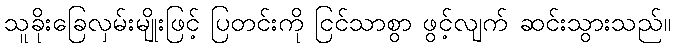
သူခိုးခြေလှမ်းမျိုးဖြင့် ပြတင်းကို ငြင်သာစွာ ဖွင့်လျက် ဆင်းသွားသည်။